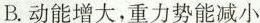
B.动能增大，重力势能减小